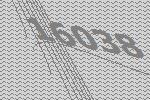
16038